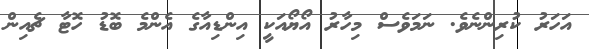
އަހަރު ކުރިންނެވެ. ނަމަވެސް މިހާރު އޯޔޯއަކީ އިންޑިއާގެ އެންމެ ބޮޑު ހޮޓާ ޗެއިން